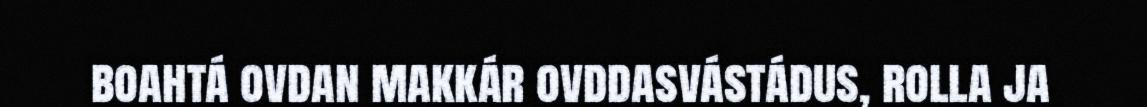
boahtá ovdan makkár ovddasvástádus, rolla ja